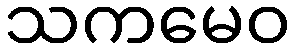
သကမေဝ